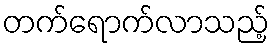
တက်ရောက်လာသည့်